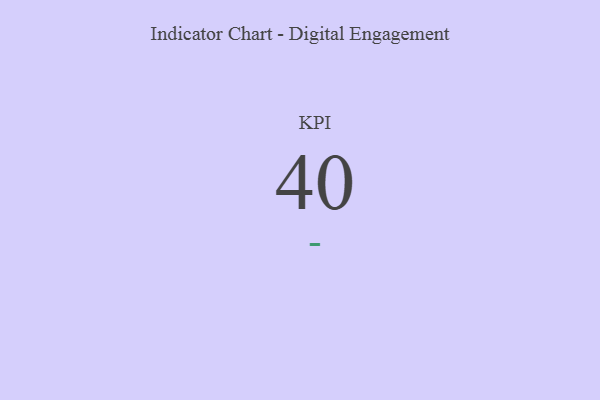
{"axis": {"x": "KPI", "y": "Value"}, "legend": [""], "data": [{"x": "KPI", "y": 40, "type": ""}]}